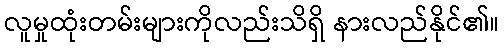
လူမှုထုံးတမ်းများကိုလည်းသိရှိ နားလည်နိုင်၏။